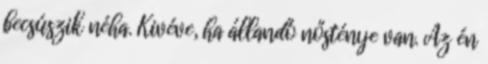
becsúszik néha. Kivéve, ha állandó nősténye van. Az én